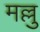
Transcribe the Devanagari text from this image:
मल्लु